Annual report of the Prince of Wales Medical College, Patna
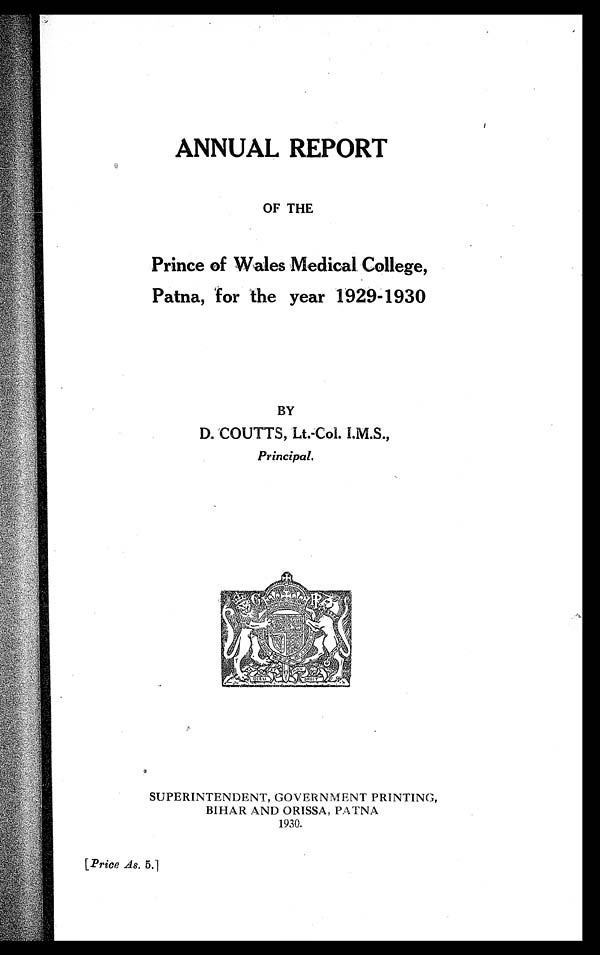
ANNUAL REPORT
OF THE
Prince of Wales Medical College,
Patna, for the year 1929-1930
BY
D. COUTTS, Lt.-Col. I.M.S.,
Principal.
SUPERINTENDENT, GOVERNMENT PRINTING,
BIHAR AND ORISSA, PATNA
1930.
[ Price As. 5 .]